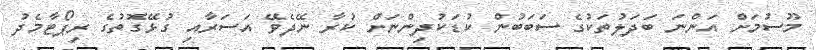
މޫސުމަށް އަންނަ ބަދަލުތަކުގެ ސަބަބުން ކުޑަކުދިންނަށް ކުރާ ނޭދެވޭ އަސަރާއި ގުޅޭގޮތުގެ ރިޕޯޓާމެދު